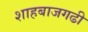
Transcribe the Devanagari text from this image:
शाहबाजगढी